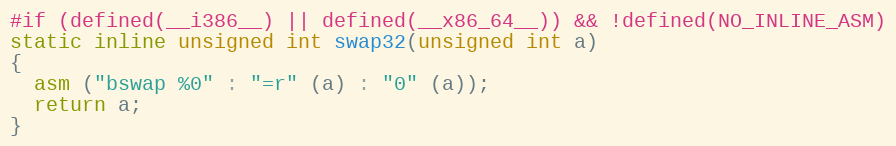
Language: C
#if (defined(__i386__) || defined(__x86_64__)) && !defined(NO_INLINE_ASM)
static inline unsigned int swap32(unsigned int a)
{
  asm ("bswap %0" : "=r" (a) : "0" (a));
  return a;
}